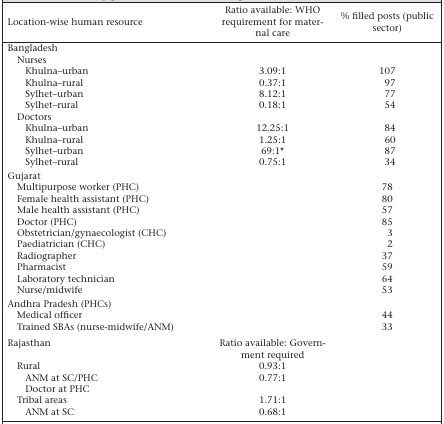
<table><thead><tr><td><b>Location-wise human resource</b></td><td><b>Ratio available: WHO requirement for maternal care</b></td><td><b>% filled posts (public sector)</b></td></tr></thead><tbody><tr><td>Bangladesh</td><td></td><td></td></tr><tr><td>Nurses</td><td></td><td></td></tr><tr><td>Khulna–urban</td><td>3.09:1</td><td>107</td></tr><tr><td>Khulna–rural</td><td>0.37:1</td><td>97</td></tr><tr><td>Sylhet–urban</td><td>8.12:1</td><td>77</td></tr><tr><td>Sylhet–rural</td><td>0.18:1</td><td>54</td></tr><tr><td>Doctors</td><td></td><td></td></tr><tr><td>Khulna–urban</td><td>12.25:1</td><td>84</td></tr><tr><td>Khulna–rural</td><td>1.25:1</td><td>60</td></tr><tr><td>Sylhet–urban</td><td>69:1∗</td><td>87</td></tr><tr><td>Sylhet–rural</td><td>0.75:1</td><td>34</td></tr><tr><td>Gujarat</td><td></td><td></td></tr><tr><td>Multipurpose worker (PHC)</td><td></td><td>78</td></tr><tr><td>Female health assistant (PHC)</td><td></td><td>80</td></tr><tr><td>Male health assistant (PHC)</td><td></td><td>57</td></tr><tr><td>Doctor (PHC)</td><td></td><td>85</td></tr><tr><td>Obstetrician/gynaecologist (CHC)</td><td></td><td>3</td></tr><tr><td>Paediatrician (CHC)</td><td></td><td>2</td></tr><tr><td>Radiographer</td><td></td><td>37</td></tr><tr><td>Pharmacist</td><td></td><td>59</td></tr><tr><td>Laboratory technician</td><td></td><td>64</td></tr><tr><td>Nurse/midwife</td><td></td><td>53</td></tr><tr><td>Andhra Pradesh (PHCs)</td><td></td><td></td></tr><tr><td>Medical officer</td><td></td><td>44</td></tr><tr><td>Trained SBAs (nurse-midwife/ANM)</td><td></td><td>33</td></tr><tr><td>Rajasthan</td><td>Ratio available: Government required</td><td></td></tr><tr><td>Rural</td><td>0.93:1</td><td></td></tr><tr><td>ANM at SC/PHC</td><td>0.77:1</td><td></td></tr><tr><td>Doctor at PHC</td><td></td><td></td></tr><tr><td>Tribal areas</td><td>1.71:1</td><td></td></tr><tr><td>ANM at SC</td><td>0.68:1</td><td></td></tr></tbody></table>